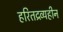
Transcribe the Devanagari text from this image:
हरितद्रव्यहीन